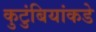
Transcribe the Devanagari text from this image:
कुटुंबियांकडे